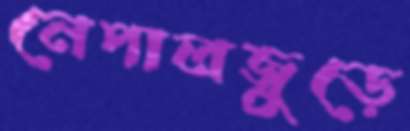
নেপালজুড়ে